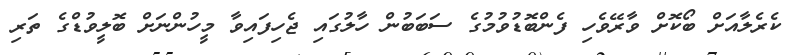
ކެރެލާއަށް ބޯކޮށް ވާރޭވެހި ފެންބޮޑުވުމުގެ ސަބަބުން ހާލުގައި ޖެހިފައިވާ މީހުންނަށް ބޮލީވުޑްގެ ތަރި